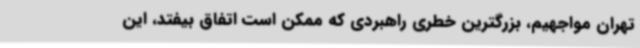
تهران مواجهیم، بزرگترین خطری راهبردی که ممکن است اتفاق بیفتد، این